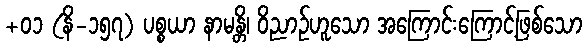
+၀၁ (နိ-၁၅၇) ပစ္စယာ နာမန္တိ၊ ဝိညာဉ်ဟူသော အကြောင်းကြောင့်ဖြစ်သော